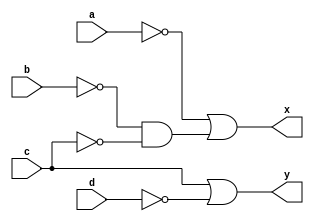
module clb_ac(
	input a,
	input b,
	input c,
	input d,
	output x,
	output y
);
	
	wire f;
	wire g;
	
	assign f = c | ~d;
	assign g = ~a | ~b & ~c;
	
	assign x = g;
	assign y = f;
	

endmodule